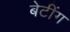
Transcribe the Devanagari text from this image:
बेटींग